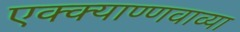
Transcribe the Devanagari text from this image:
एक्क्याण्णवाव्या